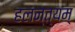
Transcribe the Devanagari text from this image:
हलन्त्यम्